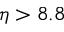
\eta > 8 . 8